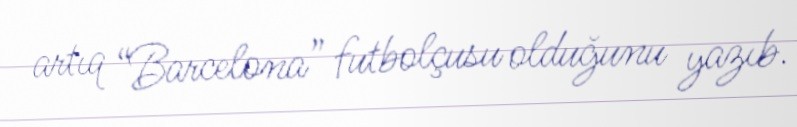
artıq “Barcelona” futbolçusu olduğunu yazıb.